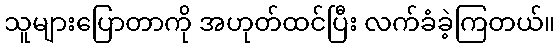
သူများပြောတာကို အဟုတ်ထင်ပြီး လက်ခံခဲ့ကြတယ်။